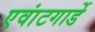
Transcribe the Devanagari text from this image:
एवांटगार्डे